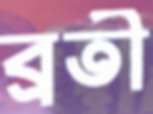
ব্রতী